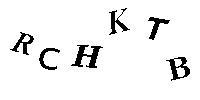
RCHKTB